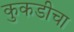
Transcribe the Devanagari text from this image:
कुकडीचा